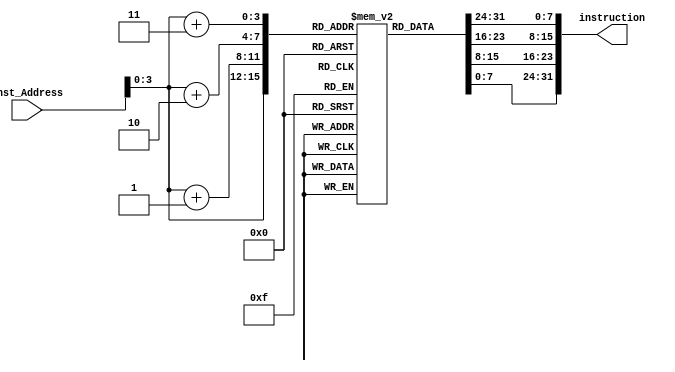
module Instruction_Memory(
	input [63:0] Inst_Address,
	output reg [31:0] instruction
);

reg [7:0] Instructions [15:0];
reg [7:0] i1;
reg [7:0] i2;
reg [7:0] i3;
reg [7:0] i4;
initial
begin
	Instructions[0] = 8'b10000011;
	Instructions[1] = 8'b00110100;
	Instructions[2] = 8'b00000101;
	Instructions[3] = 8'b00001111;
	Instructions[4] = 8'b10110011;
	Instructions[5] = 8'b10000100;
	Instructions[6] = 8'b10011010;
	Instructions[7] = 8'b00000000;
	Instructions[8] = 8'b10010011;
	Instructions[9] = 8'b10000100;
	Instructions[10] = 8'b00010100;
	Instructions[11] = 8'b00000000;
	Instructions[12] = 8'b00100011;
	Instructions[13] = 8'b00111000;
	Instructions[14] = 8'b10010101;
	Instructions[15] = 8'b00001110;
end

always @ (Inst_Address)
begin
	i1 = Instructions[Inst_Address[3:0]];
	i2 = Instructions[(Inst_Address[3:0] + 1)];
	i3 = Instructions[(Inst_Address[3:0] + 2)];
	i4 = Instructions[(Inst_Address[3:0] + 3)];
	instruction = {i4, i3, i2, i1};
end
endmodule